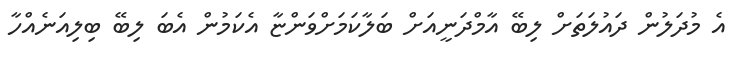
އެ މުދަލުން ދައުލަތަށް ލިބޭ އާމްދަނީއަށް ބަލާކަމަށްވަންޏާ އެކަމުން އެބަ ލިބޭ ބިލިއަނެއްހާ